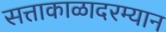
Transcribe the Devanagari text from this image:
सत्ताकाळादरम्यान